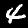
Label: 4